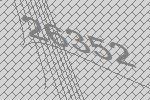
26352